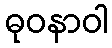
ဓုဝနာဝါ